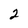
Character: 2